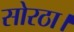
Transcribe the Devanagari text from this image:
सोरठा।